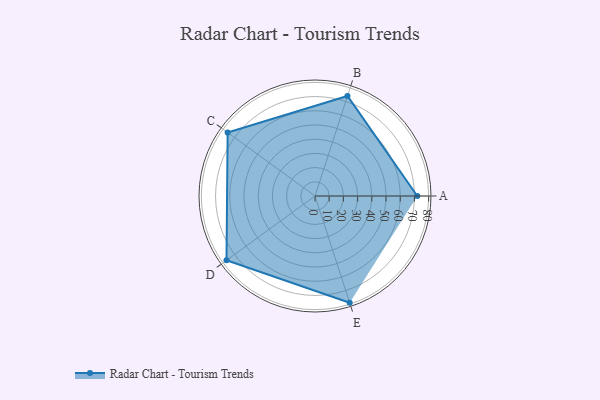
{"axis": {"x": "Skill", "y": "Score"}, "legend": ["Profile"], "data": [{"x": "A", "y": 72.0, "type": "Profile"}, {"x": "B", "y": 74.0, "type": "Profile"}, {"x": "C", "y": 76.0, "type": "Profile"}, {"x": "D", "y": 77.0, "type": "Profile"}, {"x": "E", "y": 79.0, "type": "Profile"}]}